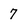
Character: 7